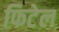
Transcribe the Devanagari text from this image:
फिटेल